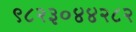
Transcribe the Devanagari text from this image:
९८२३०४४२८२